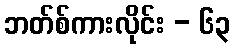
ဘတ်စ်ကားလိုင်း - ၆၃